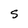
Character: S